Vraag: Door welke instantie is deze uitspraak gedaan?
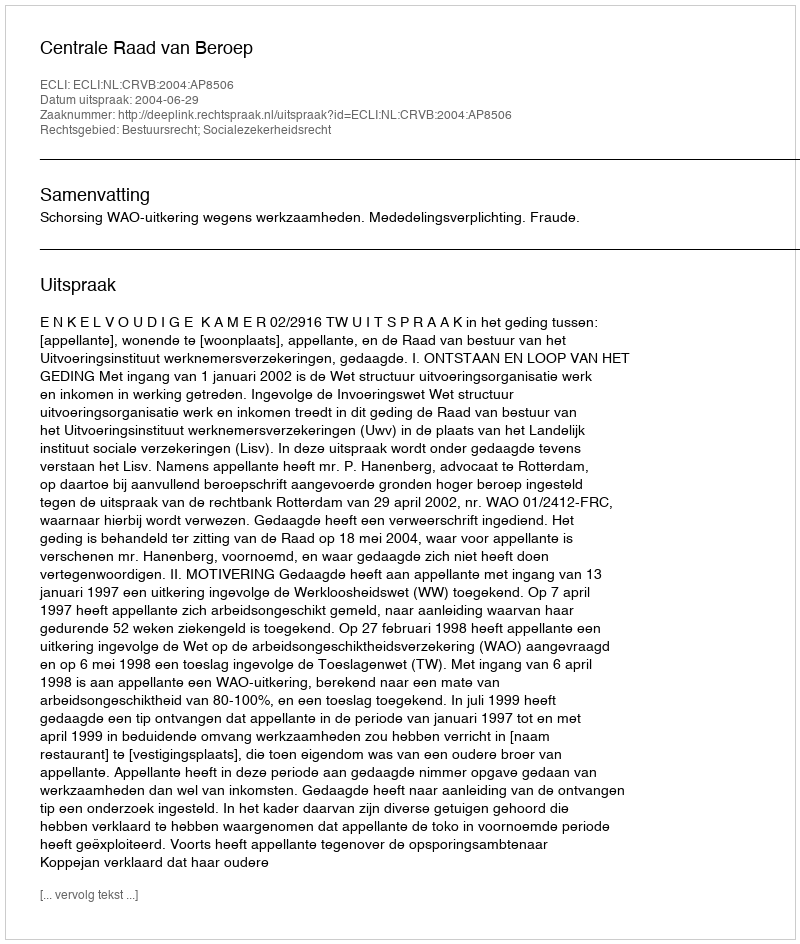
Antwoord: Centrale Raad van Beroep